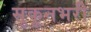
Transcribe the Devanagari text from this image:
सुकूनभरी